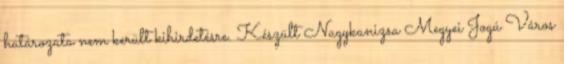
határozata nem került kihirdetésre. Készült Nagykanizsa Megyei Jogú Város